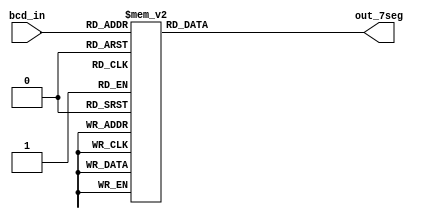
module led7_decoder(bcd_in, out_7seg);
	input [3:0]bcd_in;
	output reg [6:0]out_7seg;
	
	always @(bcd_in)
		begin
        case (bcd_in) 
            0 : out_7seg = 7'b1000000;
            1 : out_7seg = 7'b1111001;
            2 : out_7seg = 7'b0100100;
            3 : out_7seg = 7'b0110000;
            4 : out_7seg = 7'b0011001;
            5 : out_7seg = 7'b0010010;
            6 : out_7seg = 7'b0000010;
            7 : out_7seg = 7'b1111000;
            8 : out_7seg = 7'b0000000;
            9 : out_7seg = 7'b0010000;
           default : out_7seg = 7'b1111111; 
        endcase
		end
endmodule